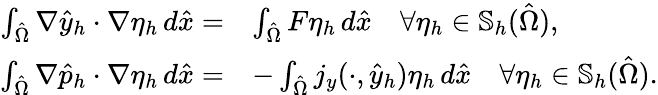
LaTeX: \begin{array}{rl}{\int_{\hat{\Omega}}\nabla\hat{y}_{h}\cdot\nabla\eta_{h}\, d\hat{x}=}&{\int_{\hat{\Omega}}F\eta_{h}\, d\hat{x}\quad\forall\eta_{h}\in\mathbb{S}_{h}(\hat{\Omega}),}\\ {\int_{\hat{\Omega}}\nabla\hat{p}_{h}\cdot\nabla\eta_{h}\, d\hat{x}=}&{-\int_{\hat{\Omega}}j_{y}(\cdot,\hat{y}_{h})\eta_{h}\, d\hat{x}\quad\forall\eta_{h}\in\mathbb{S}_{h}(\hat{\Omega}).}\end{array}